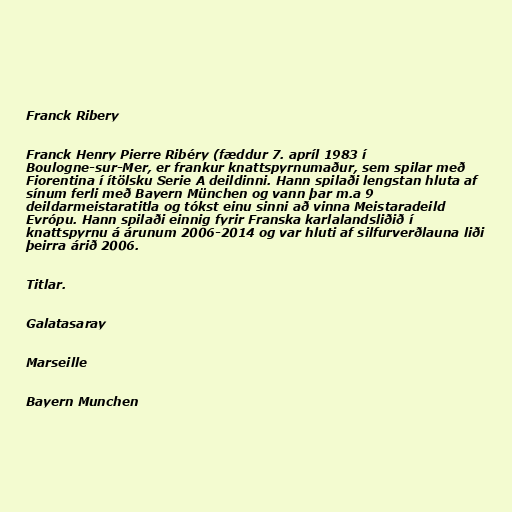
Franck Ribery

Franck Henry Pierre Ribéry (fæddur 7. apríl 1983 í
Boulogne-sur-Mer, er frankur knattspyrnumaður, sem spilar með
Fiorentina í ítölsku Serie A deildinni. Hann spilaði lengstan hluta af
sínum ferli með Bayern München og vann þar m.a 9
deildarmeistaratitla og tókst einu sinni að vinna Meistaradeild
Evrópu. Hann spilaði einnig fyrir Franska karlalandsliðið í
knattspyrnu á árunum 2006-2014 og var hluti af silfurverðlauna liði
þeirra árið 2006.

Titlar.

Galatasaray

Marseille

Bayern Munchen